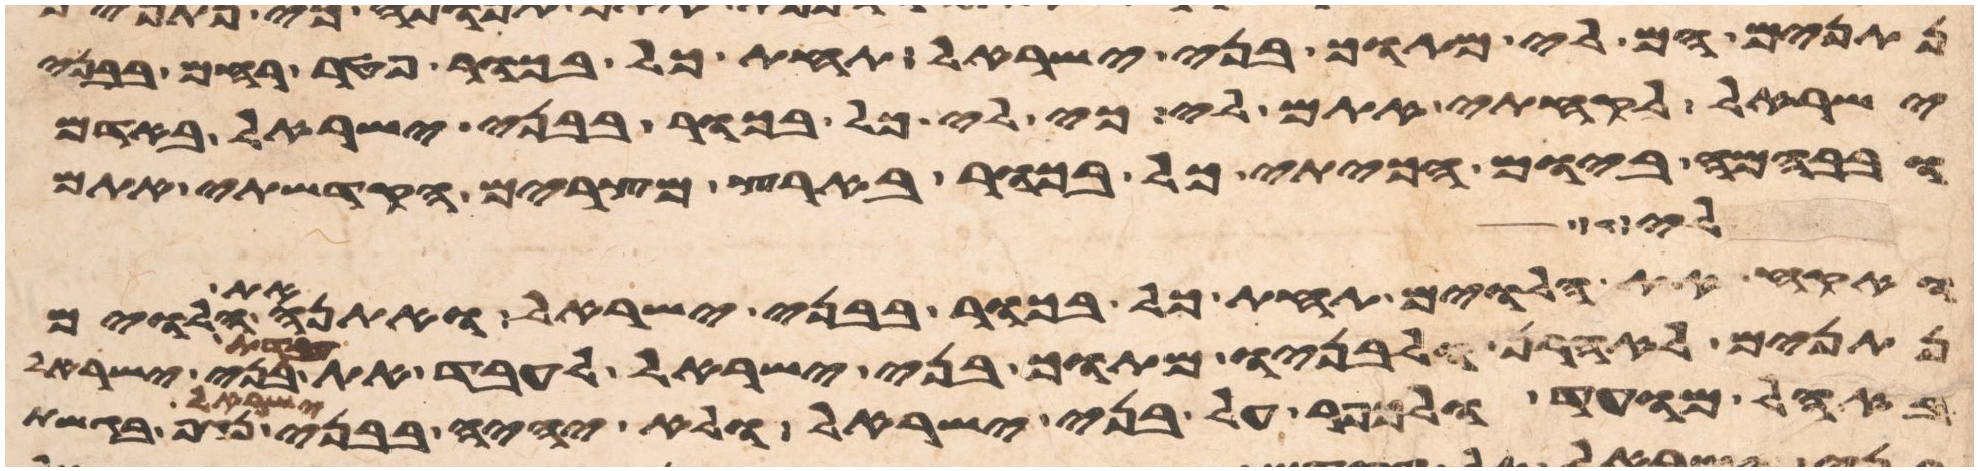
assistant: נתנים הם לי מתוך בני ישראל תחת כל בכור פטר רחם בבני
ישראל לקחתי אתם לי כי לי כל בכור בבני ישראל באדם
ובבהמה ביום הכיתי כל בכור בארץ מצרים הקדשתי אתם
לי
ואקח את הלוים תחת כל בכור בבני ישראל ואתנה את הלוים
נתנים לאהרן ולבניו מתוך בני ישראל לעבד את עבדת בני ישראל
באהל מועד ולכפר על בני ישראל ולא יהיה בבני ישראל נגף בגשת